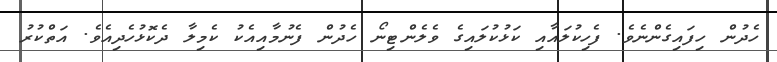
ހެދުން ހިފައިގެންނެވެ. ފެހިކުލައާއި ކަޅުކުލައިގެ ވެލެންޓިނޯ ހެދުން ފެނުމާއިއެކު ކެމިލާ ދެކޮޅުހެދިއެވެ. އަތްކުރު